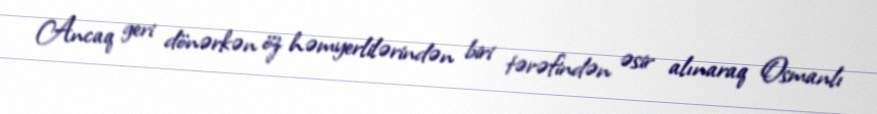
Ancaq geri dönərkən öz həmyerlilərindən biri tərəfindən əsir alınaraq Osmanlı